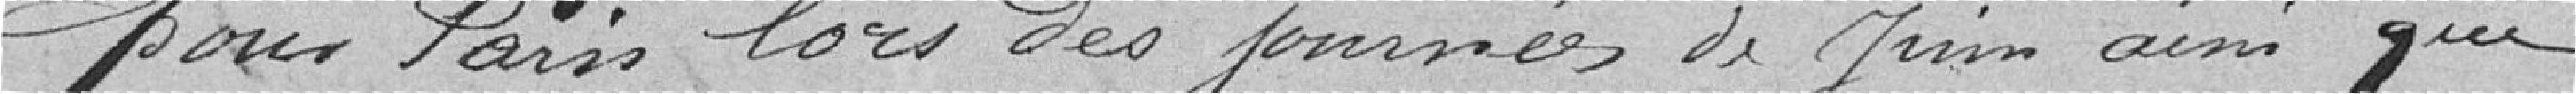
pour Paris lors des journées de juin, ainsi que